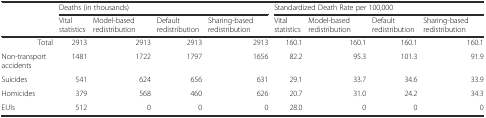
<table><thead><tr><td rowspan="2">[EMPTY_CELL]</td><td colspan="4"><b>Deaths (in thousands)</b></td><td colspan="4"><b>Standardized Death Rate per 100,000</b></td></tr><tr><td><b>Vital statistics</b></td><td><b>Model-based redistribution</b></td><td><b>Default redistribution</b></td><td><b>Sharing-based redistribution</b></td><td><b>Vital statistics</b></td><td><b>Model-based redistribution</b></td><td><b>Default redistribution</b></td><td><b>Sharing-based redistribution</b></td></tr></thead><tbody><tr><td>Total</td><td>2913</td><td>2913</td><td>2913</td><td>2913</td><td>160.1</td><td>160.1</td><td>160.1</td><td>160.1</td></tr><tr><td>Non-transport accidents</td><td>1481</td><td>1722</td><td>1797</td><td>1656</td><td>82.2</td><td>95.3</td><td>101.3</td><td>91.9</td></tr><tr><td>Suicides</td><td>541</td><td>624</td><td>656</td><td>631</td><td>29.1</td><td>33.7</td><td>34.6</td><td>33.9</td></tr><tr><td>Homicides</td><td>379</td><td>568</td><td>460</td><td>626</td><td>20.7</td><td>31.0</td><td>24.2</td><td>34.3</td></tr><tr><td>EUIs</td><td>512</td><td>0</td><td>0</td><td>0</td><td>28.0</td><td>0</td><td>0</td><td>0</td></tr></tbody></table>